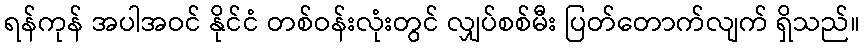
ရန်ကုန် အပါအဝင် နိုင်ငံ တစ်ဝန်းလုံးတွင် လျှပ်စစ်မီး ပြတ်တောက်လျက် ရှိသည်။